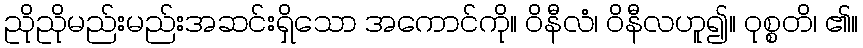
ညိုညိုမည်းမည်းအဆင်းရှိသော အကောင်ကို။ ဝိနီလံ၊ ဝိနီလဟူ၍။ ဝုစ္စတိ၊ ၏။